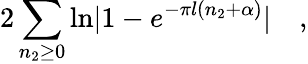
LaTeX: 2\sum_{n_{2}\ge 0}\mathrm{ln}|1-e^{-\pi l(n_{2}+\alpha)}|\quad,